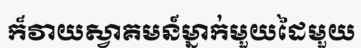
ក៏វាយស្វាគមន៍ម្នាក់មួយដៃមួយ